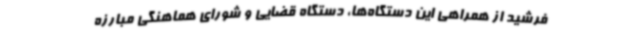
فرشید از همراهی این دستگاه‌ها، دستگاه قضایی و شورای هماهنگی مبارزه